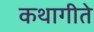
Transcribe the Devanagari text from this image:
कथागीते